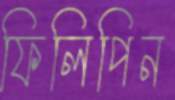
ফিলিপিন